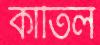
কাতিল